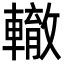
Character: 轍